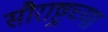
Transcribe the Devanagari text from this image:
सौराष्ट्रच्या